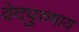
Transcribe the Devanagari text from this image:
वेदपुरुषाय